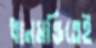
ধানমন্ডিতেই